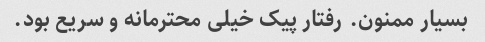
بسیار ممنون. رفتار پیک خیلی محترمانه و سریع بود.